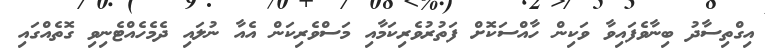
އިގްތިސާދު ބިނާވެފައިވާ ވަކިން ހާއްސަކޮށް ފަތުރުވެރިކަމާއި މަސްވެރިކަން އެއާ ނުލައި ދެމެހެއްޓެނިވި ގޮތެއްގައި